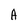
Character: A